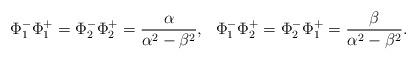
LaTeX: \begin{align*}\Phi _1^- \Phi _1^+=\Phi _2^- \Phi _2^+=\frac{\alpha}{\alpha ^2-\beta ^2},~~\Phi _1^- \Phi _2^+=\Phi _2^- \Phi _1^+=\frac{\beta}{\alpha ^2-\beta ^2}.\end{align*}